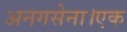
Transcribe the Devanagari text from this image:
अनगसेना।एक